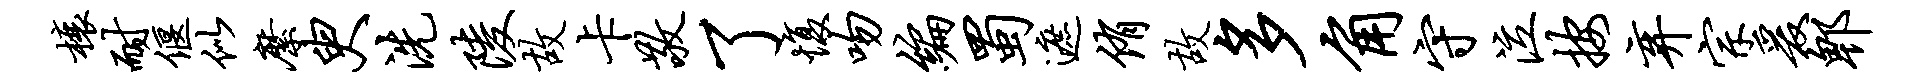
榱耐偃似縻臾洗陵故卡敬了愎吻编蜀遮侑故多角守泣按弃宗爰郫